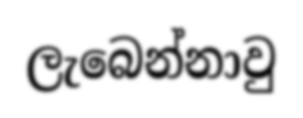
ලැබෙන්නාවු